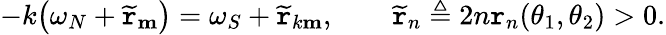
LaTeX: -k\big(\omega_{N}+\widetilde{\mathtt{r}}_{\mathbf{m}}\big)=\omega_{S}+\widetilde{\mathtt{r}}_{k\mathbf{m}},\qquad\widetilde{\mathtt{r}}_{n}\triangleq 2n\mathtt{r}_{n}(\theta_{1},\theta_{2})>0.